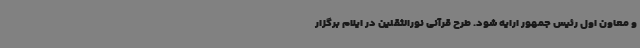
و معاون اول رئیس جمهور ارایه شود. طرح قرآنی نورالثقلین در ایلام برگزار